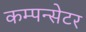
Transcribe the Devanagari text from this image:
कम्पन्सेटर